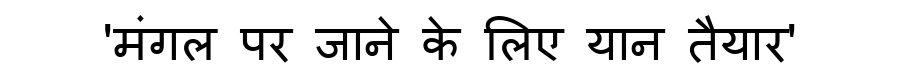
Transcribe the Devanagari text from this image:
'मंगल पर जाने के लिए यान तैयार'